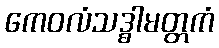
ကေဝလံသဒ္ဓါမတ္တကံ